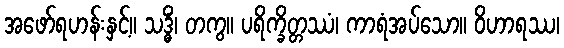
အဖော်ရဟန်းနှင့်။ သဒ္ဓိံ၊ တကွ။ ပရိက္ခိတ္တဿံ၊ ကာရံအပ်သော။ ဝိဟာရဿ၊